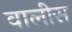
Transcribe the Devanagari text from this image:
वालीस